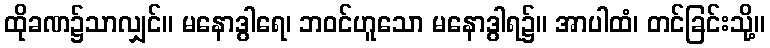
ထိုခဏ၌သာလျှင်။ မနောဒွါရေ၊ ဘဝင်ဟူသော မနောဒွါရ၌။ အာပါထံ၊ တင်ခြင်းသို့။